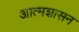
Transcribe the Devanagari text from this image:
आत्मशासन